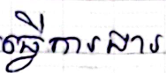
ធ្វើការងារ